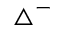
\triangle ^ { - }